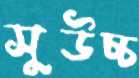
সুউচ্চ